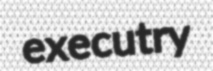
executry